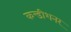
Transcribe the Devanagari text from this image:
कन्डीशनर